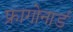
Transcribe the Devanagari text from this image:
फ्रागोनार्ड